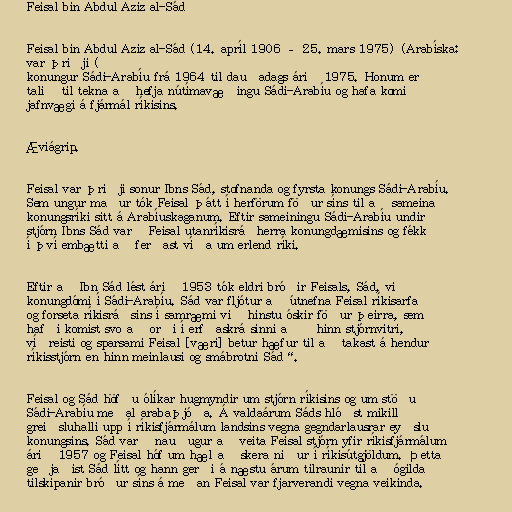
Feisal bin Abdul Aziz al-Sád

Feisal bin Abdul Aziz al-Sád (14. apríl 1906 – 25. mars 1975) (Arabíska:
فيصل بن عبدالعزيز آل سعود) var þriðji
konungur Sádi-Arabíu frá 1964 til dauðadags árið 1975. Honum er
talið til tekna að hefja nútímavæðingu Sádi-Arabíu og hafa komið
jafnvægi á fjármál ríkisins.

Æviágrip.

Feisal var þriðji sonur Ibns Sád, stofnanda og fyrsta konungs Sádi-Arabíu.
Sem ungur maður tók Feisal þátt í herförum föður síns til að sameina
konungsríki sitt á Arabíuskaganum. Eftir sameiningu Sádi-Arabíu undir
stjórn Ibns Sád varð Feisal utanríkisráðherra konungdæmisins og fékk
í því embætti að ferðast víða um erlend ríki.

Eftir að Ibn Sád lést árið 1953 tók eldri bróðir Feisals, Sád, við
konungdómi í Sádi-Arabíu. Sád var fljótur að útnefna Feisal ríkisarfa
og forseta ríkisráðsins í samræmi við hinstu óskir föður þeirra, sem
hafði komist svo að orði í erfðaskrá sinni að „hinn stjórnvitri,
víðreisti og sparsami Feisal [væri] betur hæfur til að takast á hendur
ríkisstjórn en hinn meinlausi og smábrotni Sád“.

Feisal og Sád höfðu ólíkar hugmyndir um stjórn ríkisins og um stöðu
Sádi-Arabíu meðal arabaþjóða. Á valdaárum Sáds hlóðst mikill
greiðsluhalli upp í ríkisfjármálum landsins vegna gegndarlausrar eyðslu
konungsins. Sád varð nauðugur að veita Feisal stjórn yfir ríkisfjármálum
árið 1957 og Feisal hóf um hæl að skera niður í ríkisútgjöldum. Þetta
geðjaðist Sád lítt og hann gerði á næstu árum tilraunir til að ógilda
tilskipanir bróður síns á meðan Feisal var fjarverandi vegna veikinda.